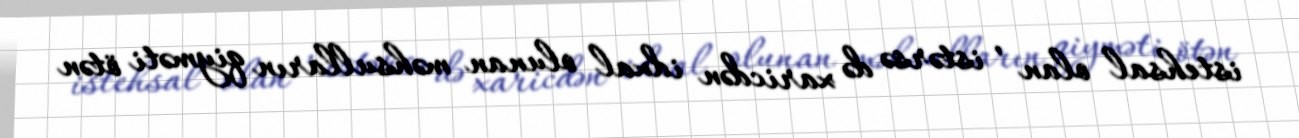
istehsal olan , istərsə də xaricdən idxal olunan məhsulların qiyməti ötən